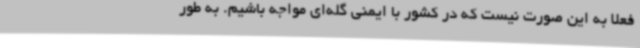
فعلا به این صورت نیست که در کشور با ایمنی گله‌ای مواجه باشیم. به طور